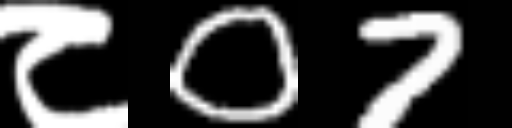
Text: ८07